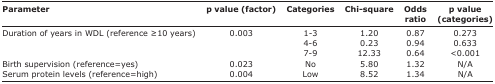
<table><thead><tr><td><b>Parameter</b></td><td><b>p value (factor)</b></td><td><b>Categories</b></td><td><b>Chisquare</b></td><td><b>Odds ratio</b></td><td><b>p value (categories)</b></td></tr></thead><tbody><tr><td rowspan="3">Duration of years in WDL (reference ≥10 years)</td><td rowspan="3">0.003</td><td>1-3</td><td>1.20</td><td>0.87</td><td>0.273</td></tr><tr><td>4-6</td><td>0.23</td><td>0.94</td><td>0.633</td></tr><tr><td>7-9</td><td>12.33</td><td>0.64</td><td>&lt;0.001</td></tr><tr><td>Birth supervision (reference=yes)</td><td>0.023</td><td>No</td><td>5.80</td><td>1.32</td><td>N/A</td></tr><tr><td>Serum protein levels (reference=high)</td><td>0.004</td><td>Low</td><td>8.52</td><td>1.34</td><td>N/A</td></tr></tbody></table>